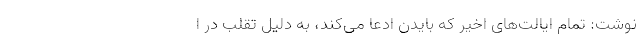
نوشت: تمام ایالت‌های اخیر که بایدن ادعا می‌کند، به دلیل تقلب در ا